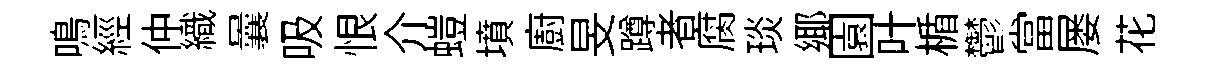
鳴經仲織曩吸恨介螘墳廚旻蹲者腐琰鄊園叶楯鬱當屡花